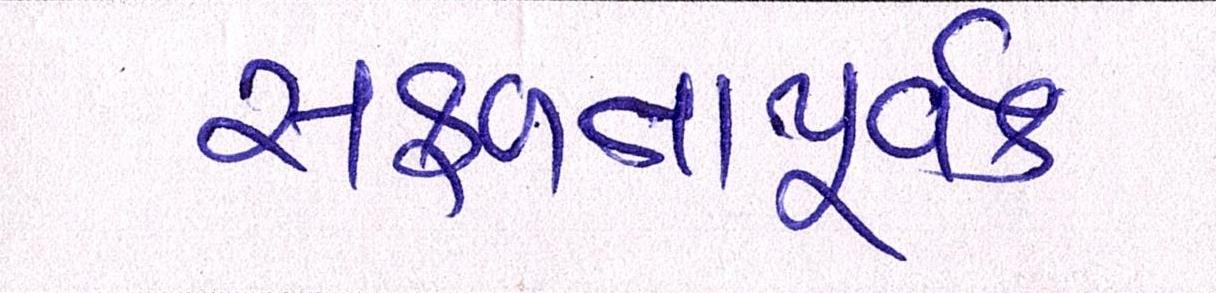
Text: સફળતાપૂર્વક